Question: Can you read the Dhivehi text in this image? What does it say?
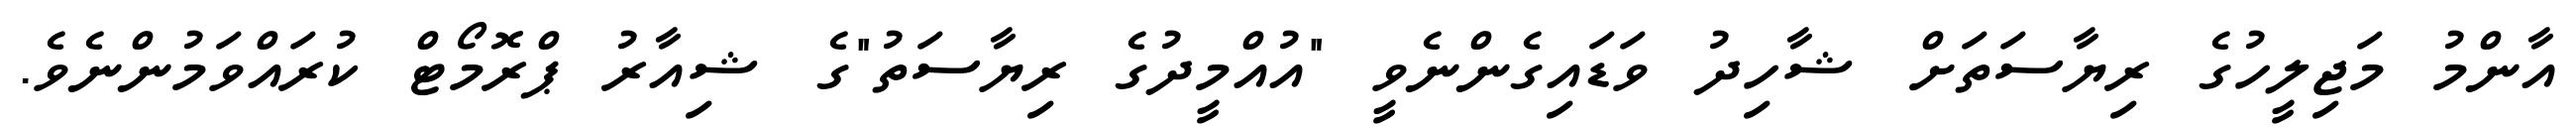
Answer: އާންމު މަޖިލީހުގެ ރިޔާސަތަށް ޝާހިދު ވަޑައިގެންނެވީ "އުއްމީދުގެ ރިޔާސަތު"ގެ ޝިއާރު ޕްރޮމޯޓް ކުރައްވަމުންނެވެ.